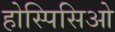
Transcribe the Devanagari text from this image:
होस्पिसिओ